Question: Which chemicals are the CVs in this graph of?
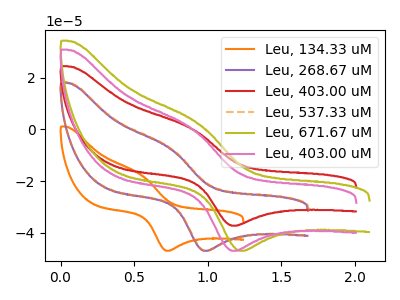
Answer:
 <answer>The orange curve is labeled "Leu, 134.33 uM". The purple curve is labeled "Leu, 268.67 uM". The red curve is labeled "Leu, 403.00 uM". The orange dashed curve is labeled "Leu, 537.33 uM". The olive curve is labeled "Leu, 671.67 uM". The pink curve is labeled "Leu, 403.00 uM".</answer>
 <eval></eval>